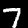
Digit: 7